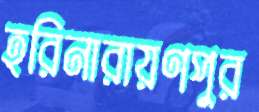
হরিনারায়ণপুর